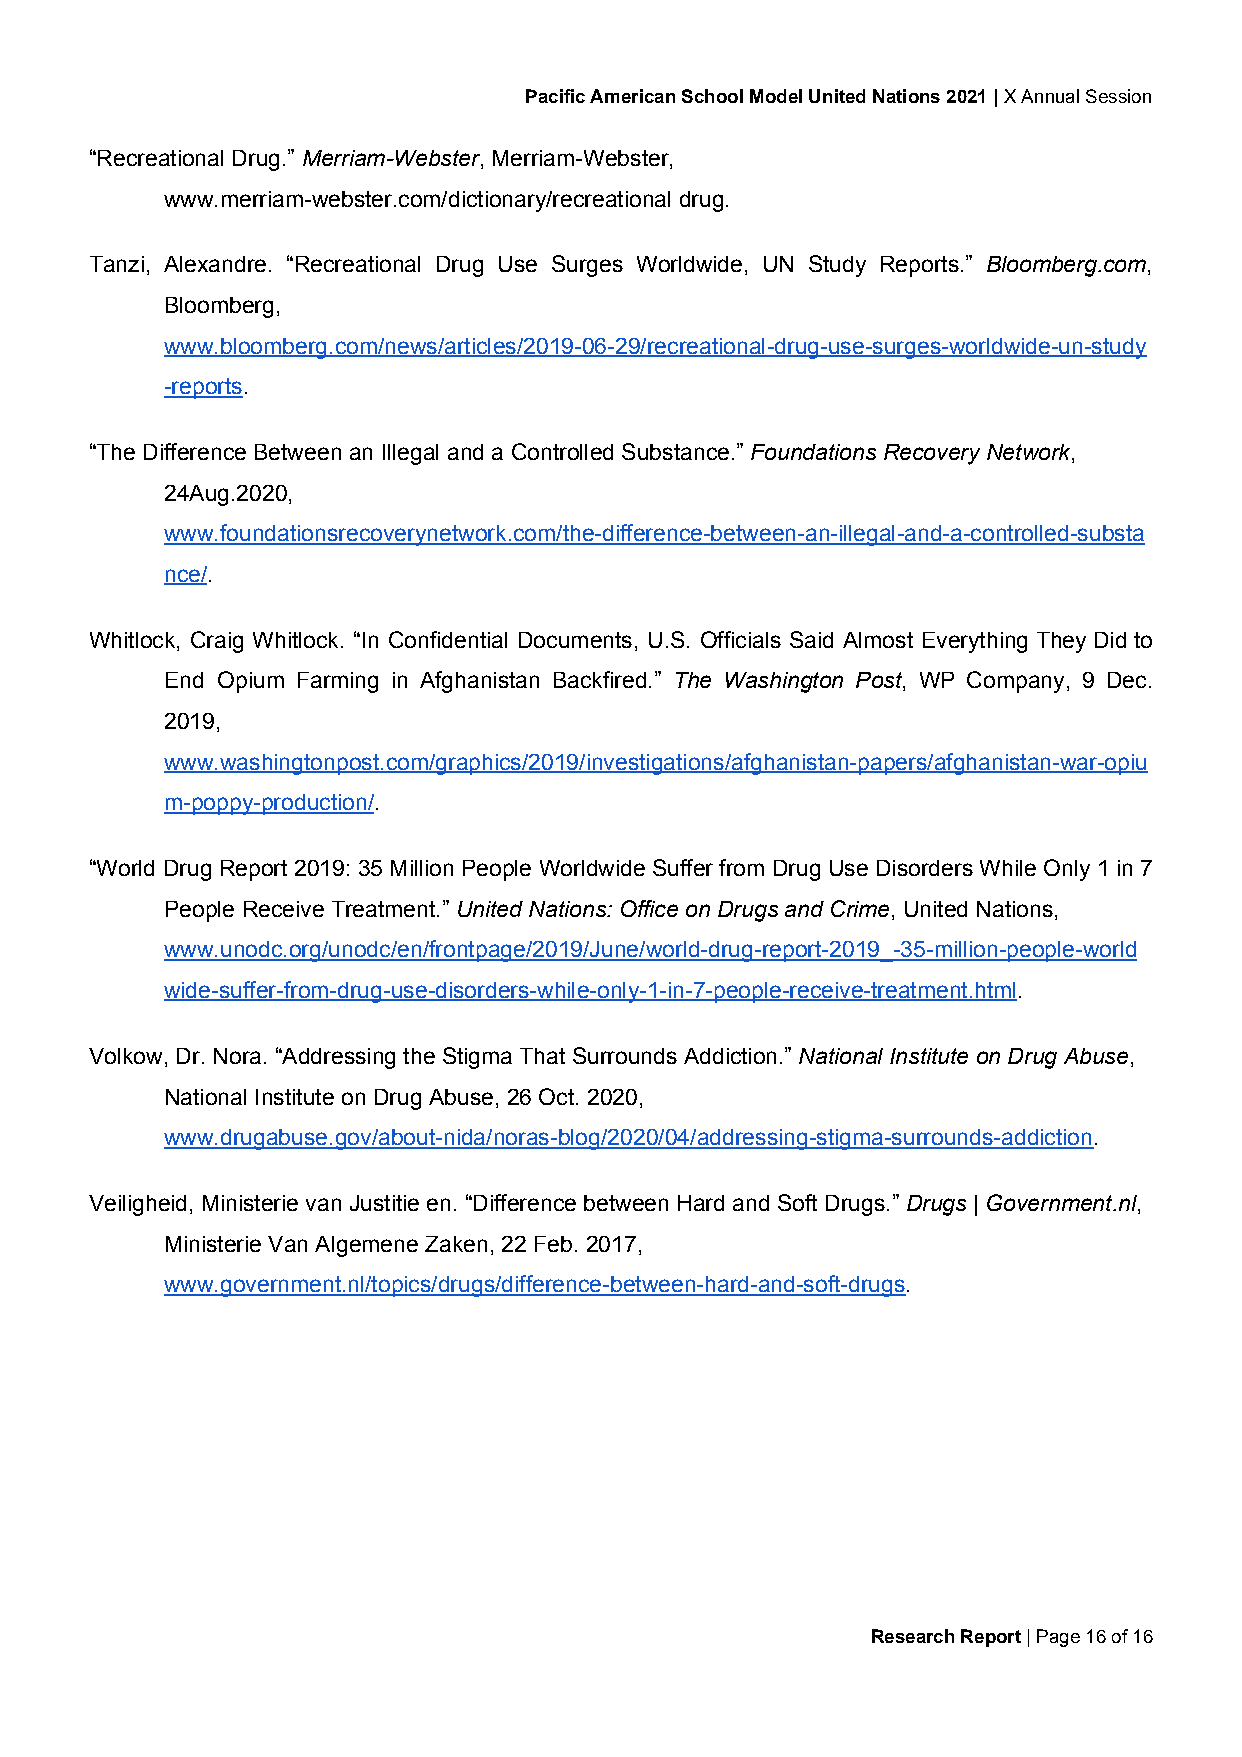
Pacific American School Model United Nations 2021 | X Annual Session
 ​
 “Recreational Drug.” ​Merriam-Webster​, Merriam-Webster,
 www.merriam-webster.com/dictionary/recreational drug.
 Tanzi, Alexandre. “Recreational Drug Use Surges Worldwide, UN Study Reports.” ​Bloomberg.com​,
 Bloomberg,
 www.bloomberg.com/news/articles/2019-06-29/recreational-drug-use-surges-worldwide-un-study
 -reports​.
 “The Difference Between an Illegal and a Controlled Substance.” ​Foundations Recovery Network​,
 24Aug.2020,
 www.foundationsrecoverynetwork.com/the-difference-between-an-illegal-and-a-controlled-substa
 nce/​.
 Whitlock, Craig Whitlock. “In Confidential Documents, U.S. Officials Said Almost Everything They Did to
 End Opium Farming in Afghanistan Backfired.” ​The Washington Post​, WP Company, 9 Dec.
 2019,
 www.washingtonpost.com/graphics/2019/investigations/afghanistan-papers/afghanistan-war-opiu
 m-poppy-production/​.
 “World Drug Report 2019: 35 Million People Worldwide Suffer from Drug Use Disorders While Only 1 in 7
 People Receive Treatment.” ​United Nations: Office on Drugs and Crime​, United Nations,
 www.unodc.org/unodc/en/frontpage/2019/June/world-drug-report-2019_-35-million-people-world
 wide-suffer-from-drug-use-disorders-while-only-1-in-7-people-receive-treatment.html​.
 Volkow, Dr. Nora. “Addressing the Stigma That Surrounds Addiction.” ​National Institute on Drug Abuse​,
 National Institute on Drug Abuse, 26 Oct. 2020,
 www.drugabuse.gov/about-nida/noras-blog/2020/04/addressing-stigma-surrounds-addiction​.
 Veiligheid, Ministerie van Justitie en. “Difference between Hard and Soft Drugs.” ​Drugs | Government.nl​,
 Ministerie Van Algemene Zaken, 22 Feb. 2017,
 www.government.nl/topics/drugs/difference-between-hard-and-soft-drugs​.
 Research Report | Page 16 of 16
 ​